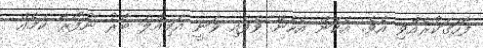
ފާހަގަކުރެއްވި އެވެ. އެކަން އެހެން ވެފައި ވަނީ އަމިއްލަ ބާރު ނުފޯރާ ކަމެއް